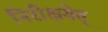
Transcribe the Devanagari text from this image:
निरीक्षयेत्